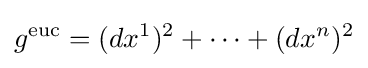
g^{\text{euc}}=(dx^{1})^{2}+\cdots +(dx^{n})^{2}